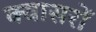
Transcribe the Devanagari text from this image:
क्वासरों